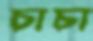
চাচা